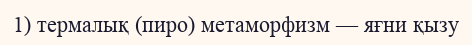
1) термалық (пиро) метаморфизм — яғни қызу